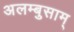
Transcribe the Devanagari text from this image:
अलम्बुसाम्